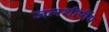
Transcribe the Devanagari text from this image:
जलशीर्षीय